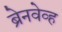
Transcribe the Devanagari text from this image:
ब्रेनवेव्ह